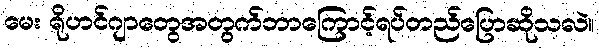
မေး ရိုဟင်ဂျာတွေအတွက်ဘာကြောင့်ရပ်တည်ပြောဆိုသလဲ။